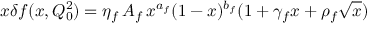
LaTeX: x \delta f ( x , Q _ { 0 } ^ { 2 } ) = \eta _ { f } \, A _ { f } \, x ^ { a _ { f } } ( 1 - x ) ^ { b _ { f } } ( 1 + \gamma _ { f } x + \rho _ { f } \sqrt { x } ) \hspace { \fill }